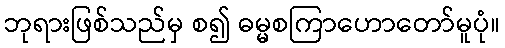
ဘုရားဖြစ်သည်မှ စ၍ ဓမ္မစကြာဟောတော်မူပုံ။